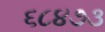
૬૮૪૭૩